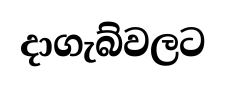
දාගැබ්වලට